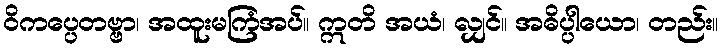
ဝိကပ္ပေတဗ္ဗာ၊ အထူးမကြံအပ်။ ဣတိ အယံ၊ လျှင်။ အဓိပ္ပါယော၊ တည်း။